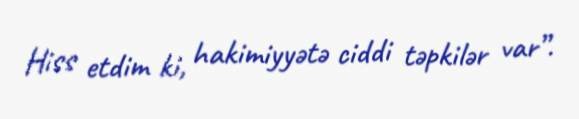
Hiss etdim ki, hakimiyyətə ciddi təpkilər var”.